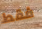
فقط